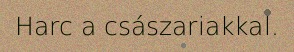
Harc a császariakkal.